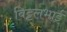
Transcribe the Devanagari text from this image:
विट्टलभाई